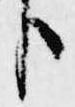
臣